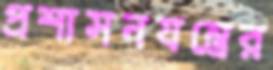
প্রশাসনযন্ত্রের